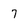
Character: 7